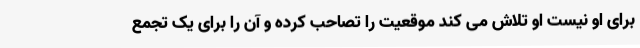
برای او نیست او تلاش می کند موقعیت را تصاحب کرده و آن را برای یک تجمع